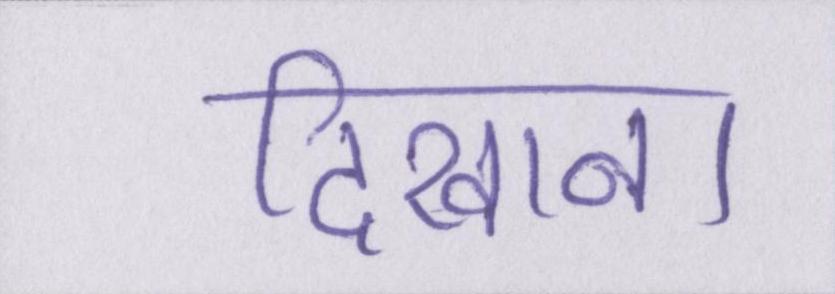
दिखाना